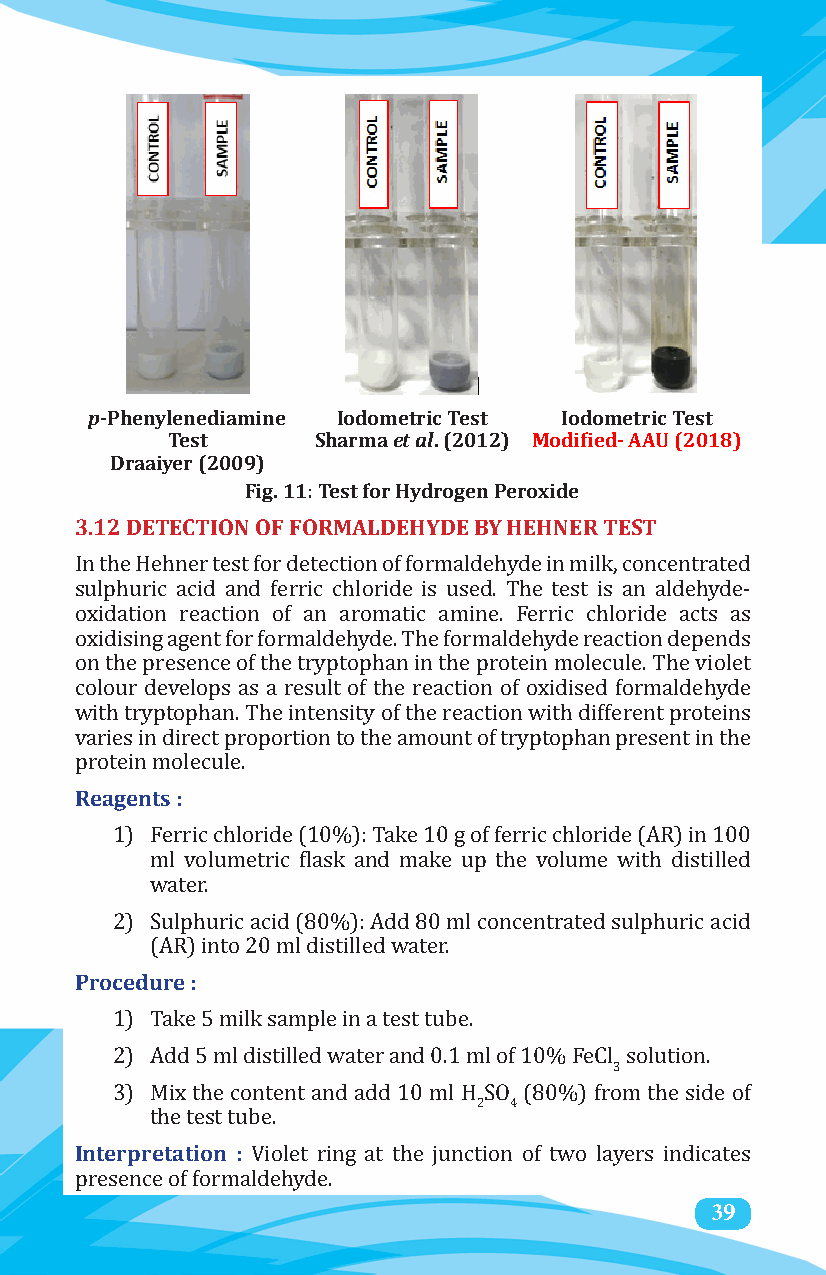
p-Phenylenediamine Iodometric Test Iodometric Test
 Test      Sharma et al. (2012) Modified- AAU (2018)
 Draaiyer (2009)
 Fig. 11: Test for Hydrogen Peroxide
 3.12 DETECTION OF FORMALDEHYDE BY HEHNER TEST
 In the Hehner test for detection of formaldehyde in milk, concentrated
 sulphuric acid and ferric chloride is used. The test is an aldehyde-
 oxidation reaction of an aromatic amine. Ferric chloride acts as
 oxidising agent for formaldehyde. The formaldehyde reaction depends
 on the presence of the tryptophan in the protein molecule. The violet
 colour develops as a result of the reaction of oxidised formaldehyde
 with tryptophan. The intensity of the reaction with different proteins
 varies in direct proportion to the amount of tryptophan present in the
 Reagents :
 protein molecule.
 1) Ferric chloride (10%): Take 10 g of ferric chloride (AR) in 100
 ml volumetric flask and make up the volume with distilled
 water.
 2) Sulphuric acid (80%): Add 80 ml concentrated sulphuric acid
 Procedure :
 (AR) into 20 ml distilled water.
 1) Take 5 milk sample in a test tube.
 3
 2) Add 5 ml distilled water and 0.1 ml of 10% FeCl solution.
 2 4
 3) Mix the content and add 10 ml H SO (80%) from the side of
 Interpretation :
 the test tube.
 Violet ring at the junction of two layers indicates
 39
 presence of formaldehyde.